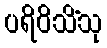
ပရိဝိသိံသု